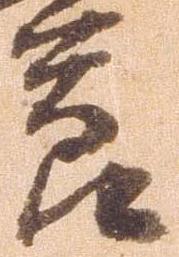
節